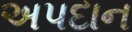
અપદાન